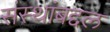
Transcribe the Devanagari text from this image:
संस्थांबद्दल